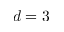
d = 3